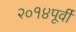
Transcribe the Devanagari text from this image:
२०१४पूर्वी